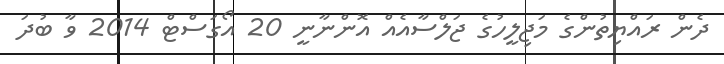
ދެން ރައްޔިތުންގެ މަޖިލީހުގެ ޖަލްސާއެއް އޮންނާނީ 20 އޯގަސްޓް 2014 ވާ ބުދަ